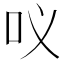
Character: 𭇀